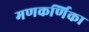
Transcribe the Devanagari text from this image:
मणकर्णिका